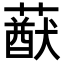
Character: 𦽈